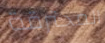
المحترقة